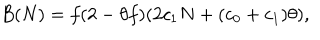
B ( N ) = f ( 2 - \theta f ) ( 2 c _ { 1 } N + ( c _ { 0 } + c _ { 1 } ) \theta ) ,